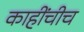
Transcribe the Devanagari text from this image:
काहींचीच